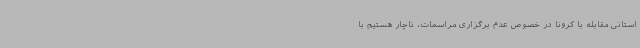
استانی مقابله با کرونا در خصوص عدم برگزاری مراسمات، ناچار هستیم با